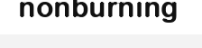
nonburning